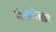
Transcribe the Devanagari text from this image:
नेसप्रेस्सो